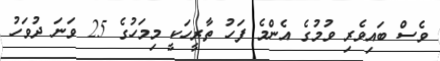
ވެސް ބައިވެރި ވުމުގެ އެންމެ ފަހު ތާރީހަކީ މިމަހުގެ 25 ވަނަ ދުވަހު